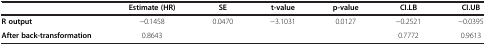
|  | Estimate (HR) | SE | t-value | p-value | CI.LB | CI.UB |
 | --- | --- | --- | --- | --- | --- | --- |
 | R output | −0.1458 | 0.0470 | −3.1031 | 0.0127 | −0.2521 | −0.0395 |
 | After back-transformation | 0.8643 |  |  |  | 0.7772 | 0.9613 |